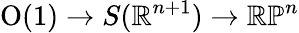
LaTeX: {\mathrm{O}}(1)\to S(\mathbb{R}^{n+1})\to\mathbb{RP}^{n}